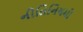
નીતિનિયમો